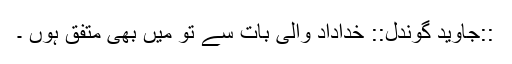
::جاوید گوندل:: خداداد والی بات سے تو میں‌ بھی متفق ہوں ۔